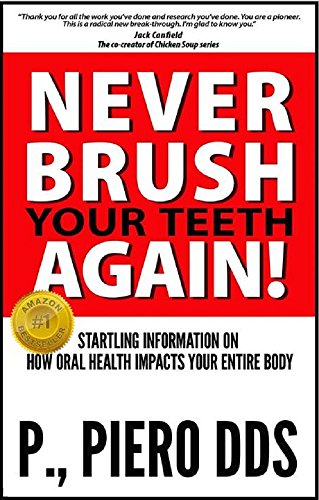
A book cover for Never Brush Your Teeth Again! Startling Information on How Oral Health Impacts Your Entire Body; Piero DDS P.; Medical Books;